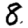
Digit: 8